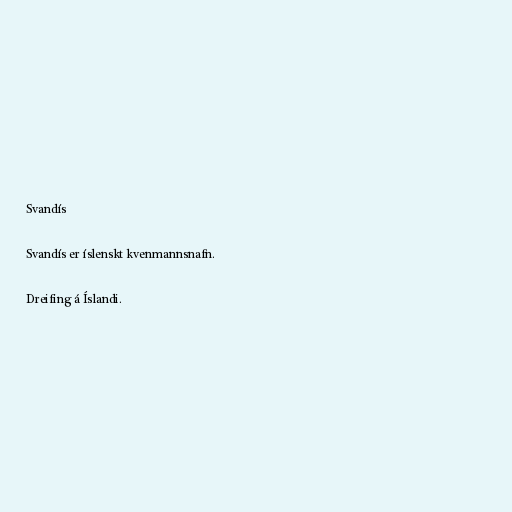
Svandís

Svandís er íslenskt kvenmannsnafn.

Dreifing á Íslandi.